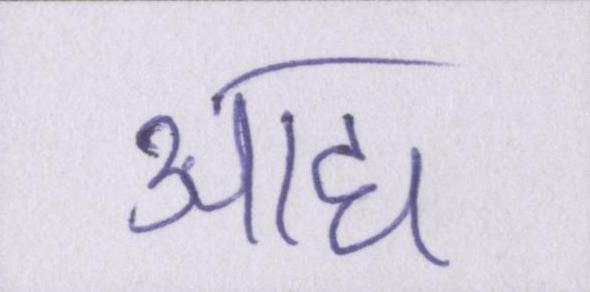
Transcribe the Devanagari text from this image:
आद्य